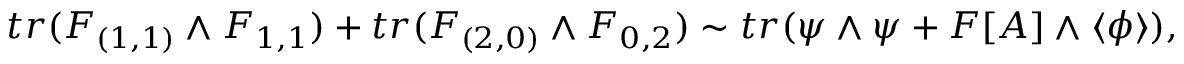
t r ( F _ { ( 1 , 1 ) } \wedge F _ { 1 , 1 } ) + t r ( F _ { ( 2 , 0 ) } \wedge F _ { 0 , 2 } ) \sim t r ( \psi \wedge \psi + F [ A ] \wedge \langle \phi \rangle ) ,